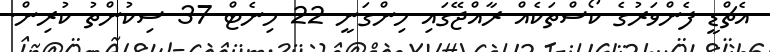
އެޗްޑީ ފެންވަރުގެ ކޯސްތަކެއް ރާއްޖޭގައި ހިންގަނީ 22 މިނެޓް 37 ސިކުންތު ކުރިން.